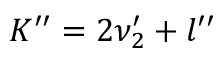
K ^ { \prime \prime } = 2 \nu _ { 2 } ^ { \prime } + l ^ { \prime \prime }